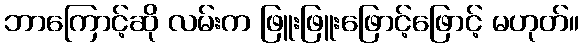
ဘာကြောင့်ဆို လမ်းက ဖြူးဖြူးဖြောင့်ဖြောင့် မဟုတ်။